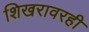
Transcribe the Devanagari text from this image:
शिखरावरही